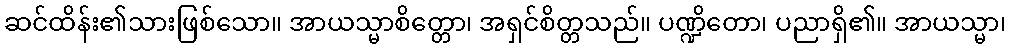
ဆင်ထိန်း၏သားဖြစ်သော။ အာယသ္မာစိတ္တော၊ အရှင်စိတ္တသည်။ ပဏ္ဍိတော၊ ပညာရှိ၏။ အာယသ္မာ၊